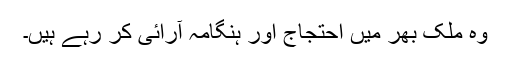
وہ ملک بھر میں احتجاج اور ہنگامہ آرائی کر رہے ہیں۔